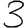
Digit: 3